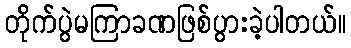
တိုက်ပွဲမကြာခဏဖြစ်ပွားခဲ့ပါတယ်။